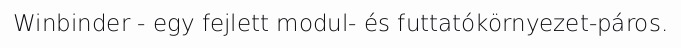
Winbinder - egy fejlett modul- és futtatókörnyezet-páros.